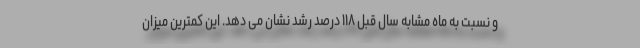
و نسبت به ماه مشابه سال قبل ۱۱۸ درصد رشد نشان می دهد. این کمترین میزان